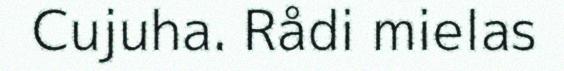
Cujuha. Rådi mielas